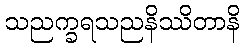
သညက္ခရသညနိဿိတာနိ